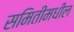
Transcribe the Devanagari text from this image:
समितीमधील